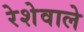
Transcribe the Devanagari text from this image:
रेशेवाले